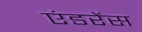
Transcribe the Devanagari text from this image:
एंडरेंस